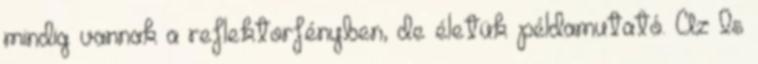
mindig vannak a reflektorfényben, de életük példamutató. Az Is